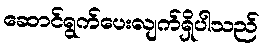
ဆောင်ရွက်ပေးလျက်ရှိပါသည်